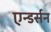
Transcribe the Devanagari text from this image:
एन्डर्सन